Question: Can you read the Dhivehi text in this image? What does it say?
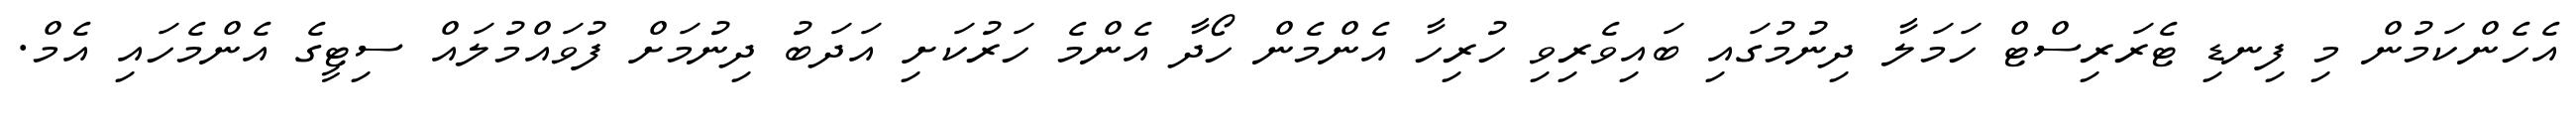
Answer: އެހެންކަމުން މި ފިނޑި ޓެރަރިސްޓް ހަމަލާ ދިނުމުގައި ބައިވެރިވި ހުރިހާ އެންމެން ހޯދާ އެންމެ ހަރުކަށި އަދަބު ދިނުމަށް ފުވައްމުލައް ސިޓީގެ އެންމެހައި އެމް.